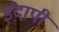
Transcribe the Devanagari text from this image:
इंदापी